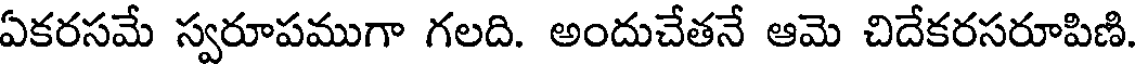
ఏకరసమే స్వరూపముగా గలది. అందుచేతనే ఆమె చిదేకరసరూపిణి.